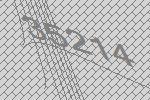
35214